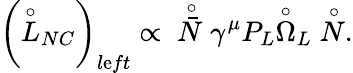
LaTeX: \left(\stackrel{\circ}{L}_{NC}\right)_{l\mathrm{e}ft}\propto\; \; \stackrel{\circ}{\bar{{N}}}\gamma^{\mu}P_{L}\stackrel{\circ}{\Omega}_{L}\stackrel{\circ}{N}.